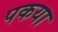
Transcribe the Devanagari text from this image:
पकया